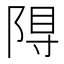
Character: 𮥎